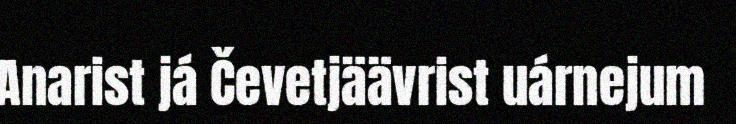
Anarist já Čevetjäävrist uárnejum